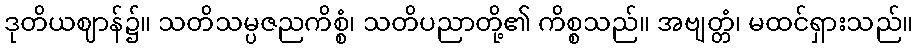
ဒုတိယဈာန်၌။ သတိသမ္ပဇညကိစ္စံ၊ သတိပညာတို့၏ ကိစ္စသည်။ အဗျတ္တံ၊ မထင်ရှားသည်။